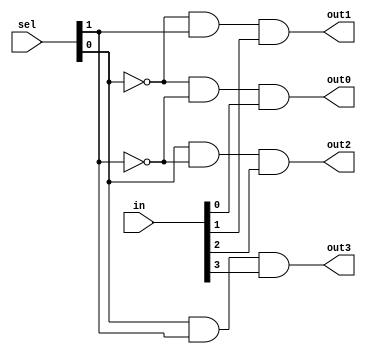
module demux2to4(
    input [1:0] sel,
    input [3:0] in,
    output wire out0,
    output wire out1,
    output wire out2,
    output wire out3
);

wire [3:0] sel_decoded;

assign sel_decoded[0] = ~sel[0] & ~sel[1];
assign sel_decoded[1] = ~sel[0] & sel[1];
assign sel_decoded[2] = sel[0] & ~sel[1];
assign sel_decoded[3] = sel[0] & sel[1];

assign out0 = sel_decoded[0] & in[0];
assign out1 = sel_decoded[1] & in[1];
assign out2 = sel_decoded[2] & in[2];
assign out3 = sel_decoded[3] & in[3];

endmodule